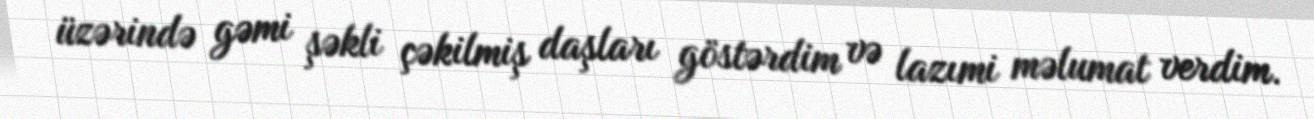
üzərində gəmi şəkli çəkilmiş daşları göstərdim və lazımi məlumat verdim.